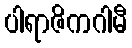
ပါရာဇိကဂါမီ